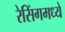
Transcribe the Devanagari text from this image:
रेसिंगमध्ये